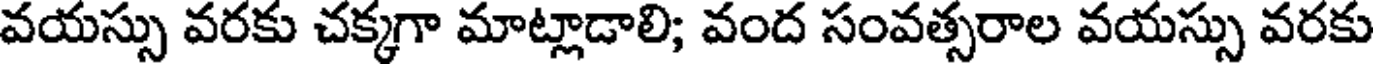
వయస్సు వరకు చక్కగా మాట్లాడాలి; వంద సంవత్సరాల వయస్సు వరకు